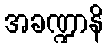
အခဏ္ဍာနိ